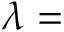
\lambda =